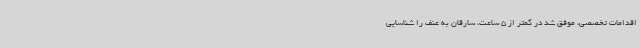
اقدامات تخصصی، موفق شد در کمتر از 5 ساعت، سارقان به عنف را شناسایی